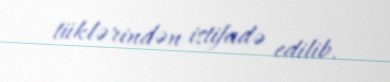
tüklərindən istifadə edilib.